Vaccination in Bombay 1869-1873 - 1869-1873
Year: 1869
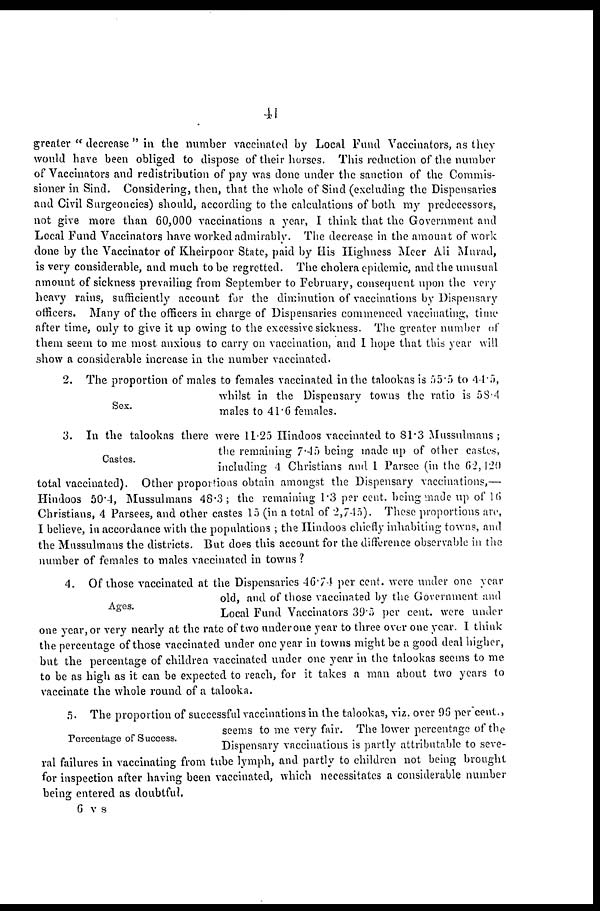
41
greater " decrease " in the number vaccinated by Local Fund Vaccinators, as they
would have been obliged to dispose of their horses. This reduction of the number
of Vaccinators and redistribution of pay was done under the sanction of the Commis-
sioner in Sind. Considering, then, that the whole of Sind (excluding the Dispensaries
and Civil Surgeoncies) should, according to the calculations of both my predecessors,
not give more than 60,000 vaccinations a year, I think that the Government and
Local Fund Vaccinators have worked admirably. The decrease in the amount of work
done by the Vaccinator of Kheirpoor State, paid by His Highness Meer Ali Murad,
is very considerable, and much to be regretted. The cholera epidemic, and the unusual
amount of sickness prevailing from September to February, consequent upon the very
heavy rains, sufficiently account for the diminution of vaccinations by Dispensary
officers. Many of the officers in charge of Dispensaries commenced vaccinating, time
after time, only to give it up owing to the excessive sickness. The greater number of
them seem to me most anxious to carry on vaccination, and I hope that this year will
show a considerable increase in the number vaccinated.
Sex.
2. The proportion of males to females vaccinated in the talookas is 55.5 to 44.5,
whilst in the Dispensary towns the ratio is 58.4
males to 41.6 females.
Castes.
3. In the talookas there were 11.25 Hindoos vaccinated to 81.3 Mussulmans;
the remaining 7.45 being made up of other castes,
including 4 Christians and 1 Parsee (in the 62,120
total vaccinated). Other proportions obtain amongst the Dispensary vaccinations,—
Hindoos 50.4, Mussulmans 48.3; the remaining 1.3 per cent. being made up of 16
Christians, 4 Parsees, and other castes 15 (in a total of 2,745). These proportions are,
I believe, in accordance with the populations ; the Hindoos chiefly inhabiting towns, and
the Mussulmans the districts. But does this account for the difference observable in the
number of females to males vaccinated in towns ?
Ages.
4. Of those vaccinated at the Dispensaries 46.74 per cent. were under one year
old, and of those vaccinated by the Government and
Local Fund Vaccinators 39.5 per cent. were under
one year, or very nearly at the rate of two under one year to three over one year. I think
the percentage of those vaccinated under one year in towns might be a good deal higher,
but the percentage of children vaccinated under one year in the talookas seems to me
to be as high as it can be expected to reach, for it takes a man about two years to
vaccinate the whole round of a talooka.
Percentage of Success.
5. The proportion of successful vaccinations in the talookas, viz. over 95 per cent.,
seems to me very fair. The lower percentage of the
Dispensary vaccinations is partly attributable to seve-
ral failures in vaccinating from tube lymph, and partly to children not being brought
for inspection after having been vaccinated, which necessitates a considerable number
being entered as doubtful.
6 v s